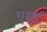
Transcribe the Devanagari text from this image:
एशा